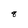
Character: 8